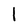
Character: l